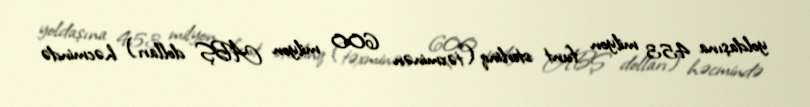
yoldaşına 453 milyon funt sterlinq (təxminən 600 milyon ABŞ dolları) həcmində